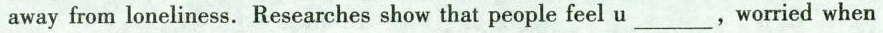
away from loneliness. Researches show that people feel u___worried when